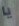
يا